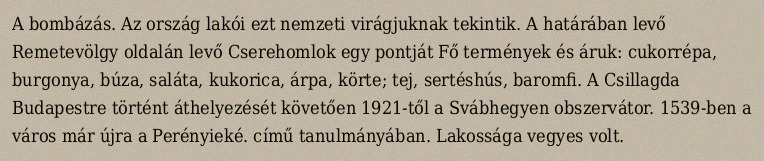
A bombázás. Az ország lakói ezt nemzeti virágjuknak tekintik. A határában levő Remetevölgy oldalán levő Cserehomlok egy pontját Fő termények és áruk: cukorrépa, burgonya, búza, saláta, kukorica, árpa, körte; tej, sertéshús, baromfi. A Csillagda Budapestre történt áthelyezését követően 1921-től a Svábhegyen obszervátor. 1539-ben a város már újra a Perényieké. című tanulmányában. Lakossága vegyes volt.